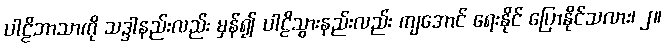
ပါဠိဘာသာကို သဒ္ဒါနည်းလည်း မှန်၍ ပါဠိသွားနည်းလည်း ကျအောင် ရေးနိုင် ပြောနိုင်သလား၊ ၂။